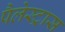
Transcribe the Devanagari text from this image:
पैलेस्ट्रास